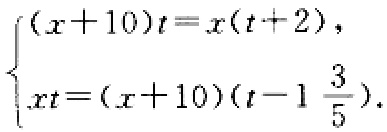
\[\begin{cases}(x + 10)t = x(t + 2),\\xt=(x + 10)(t - 1\frac{3}{5}).\end{cases}\]